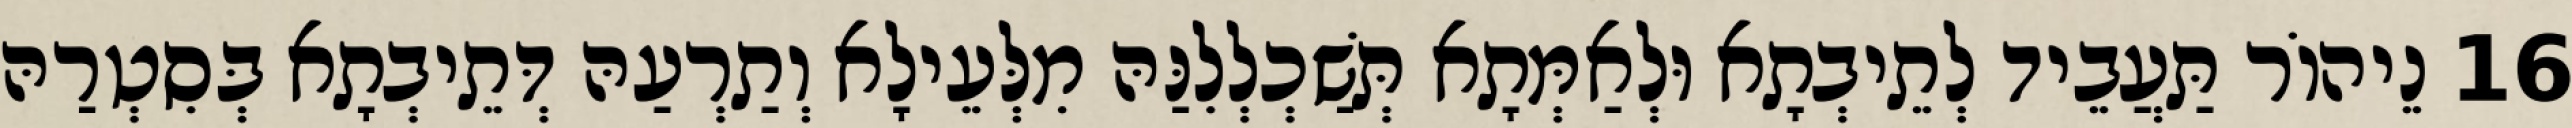
16 נֵיהוֹר תַּעֲבֵיד לְתֵיבְתָא וּלְאַמְּתָא תְּשַׁכְלְלִנַּהּ מִלְּעֵילָא וְתַרְעַהּ דְּתֵיבְתָא בְּסִטְרַהּ